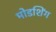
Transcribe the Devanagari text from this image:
मोडशिंग